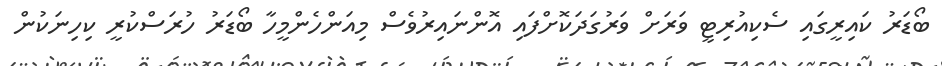
ބޯޑަރު ކައިރީގައި ސެކިއުރިޓީ ވަރަށް ވަރުގަދަކޮށްފައި އޮންނައިރުވެސް މިއަންހެންމީހާ ބޯޑަރު ހުރަސްކުރީ ކިހިނަކުން